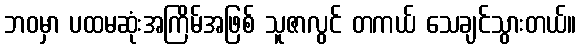
ဘဝမှာ ပထမဆုံးအကြိမ်အဖြစ် သူဇာလွင် တကယ် သေချင်သွားတယ်။